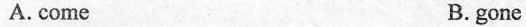
A. come B. gone